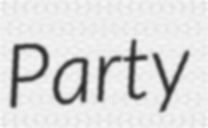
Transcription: Party